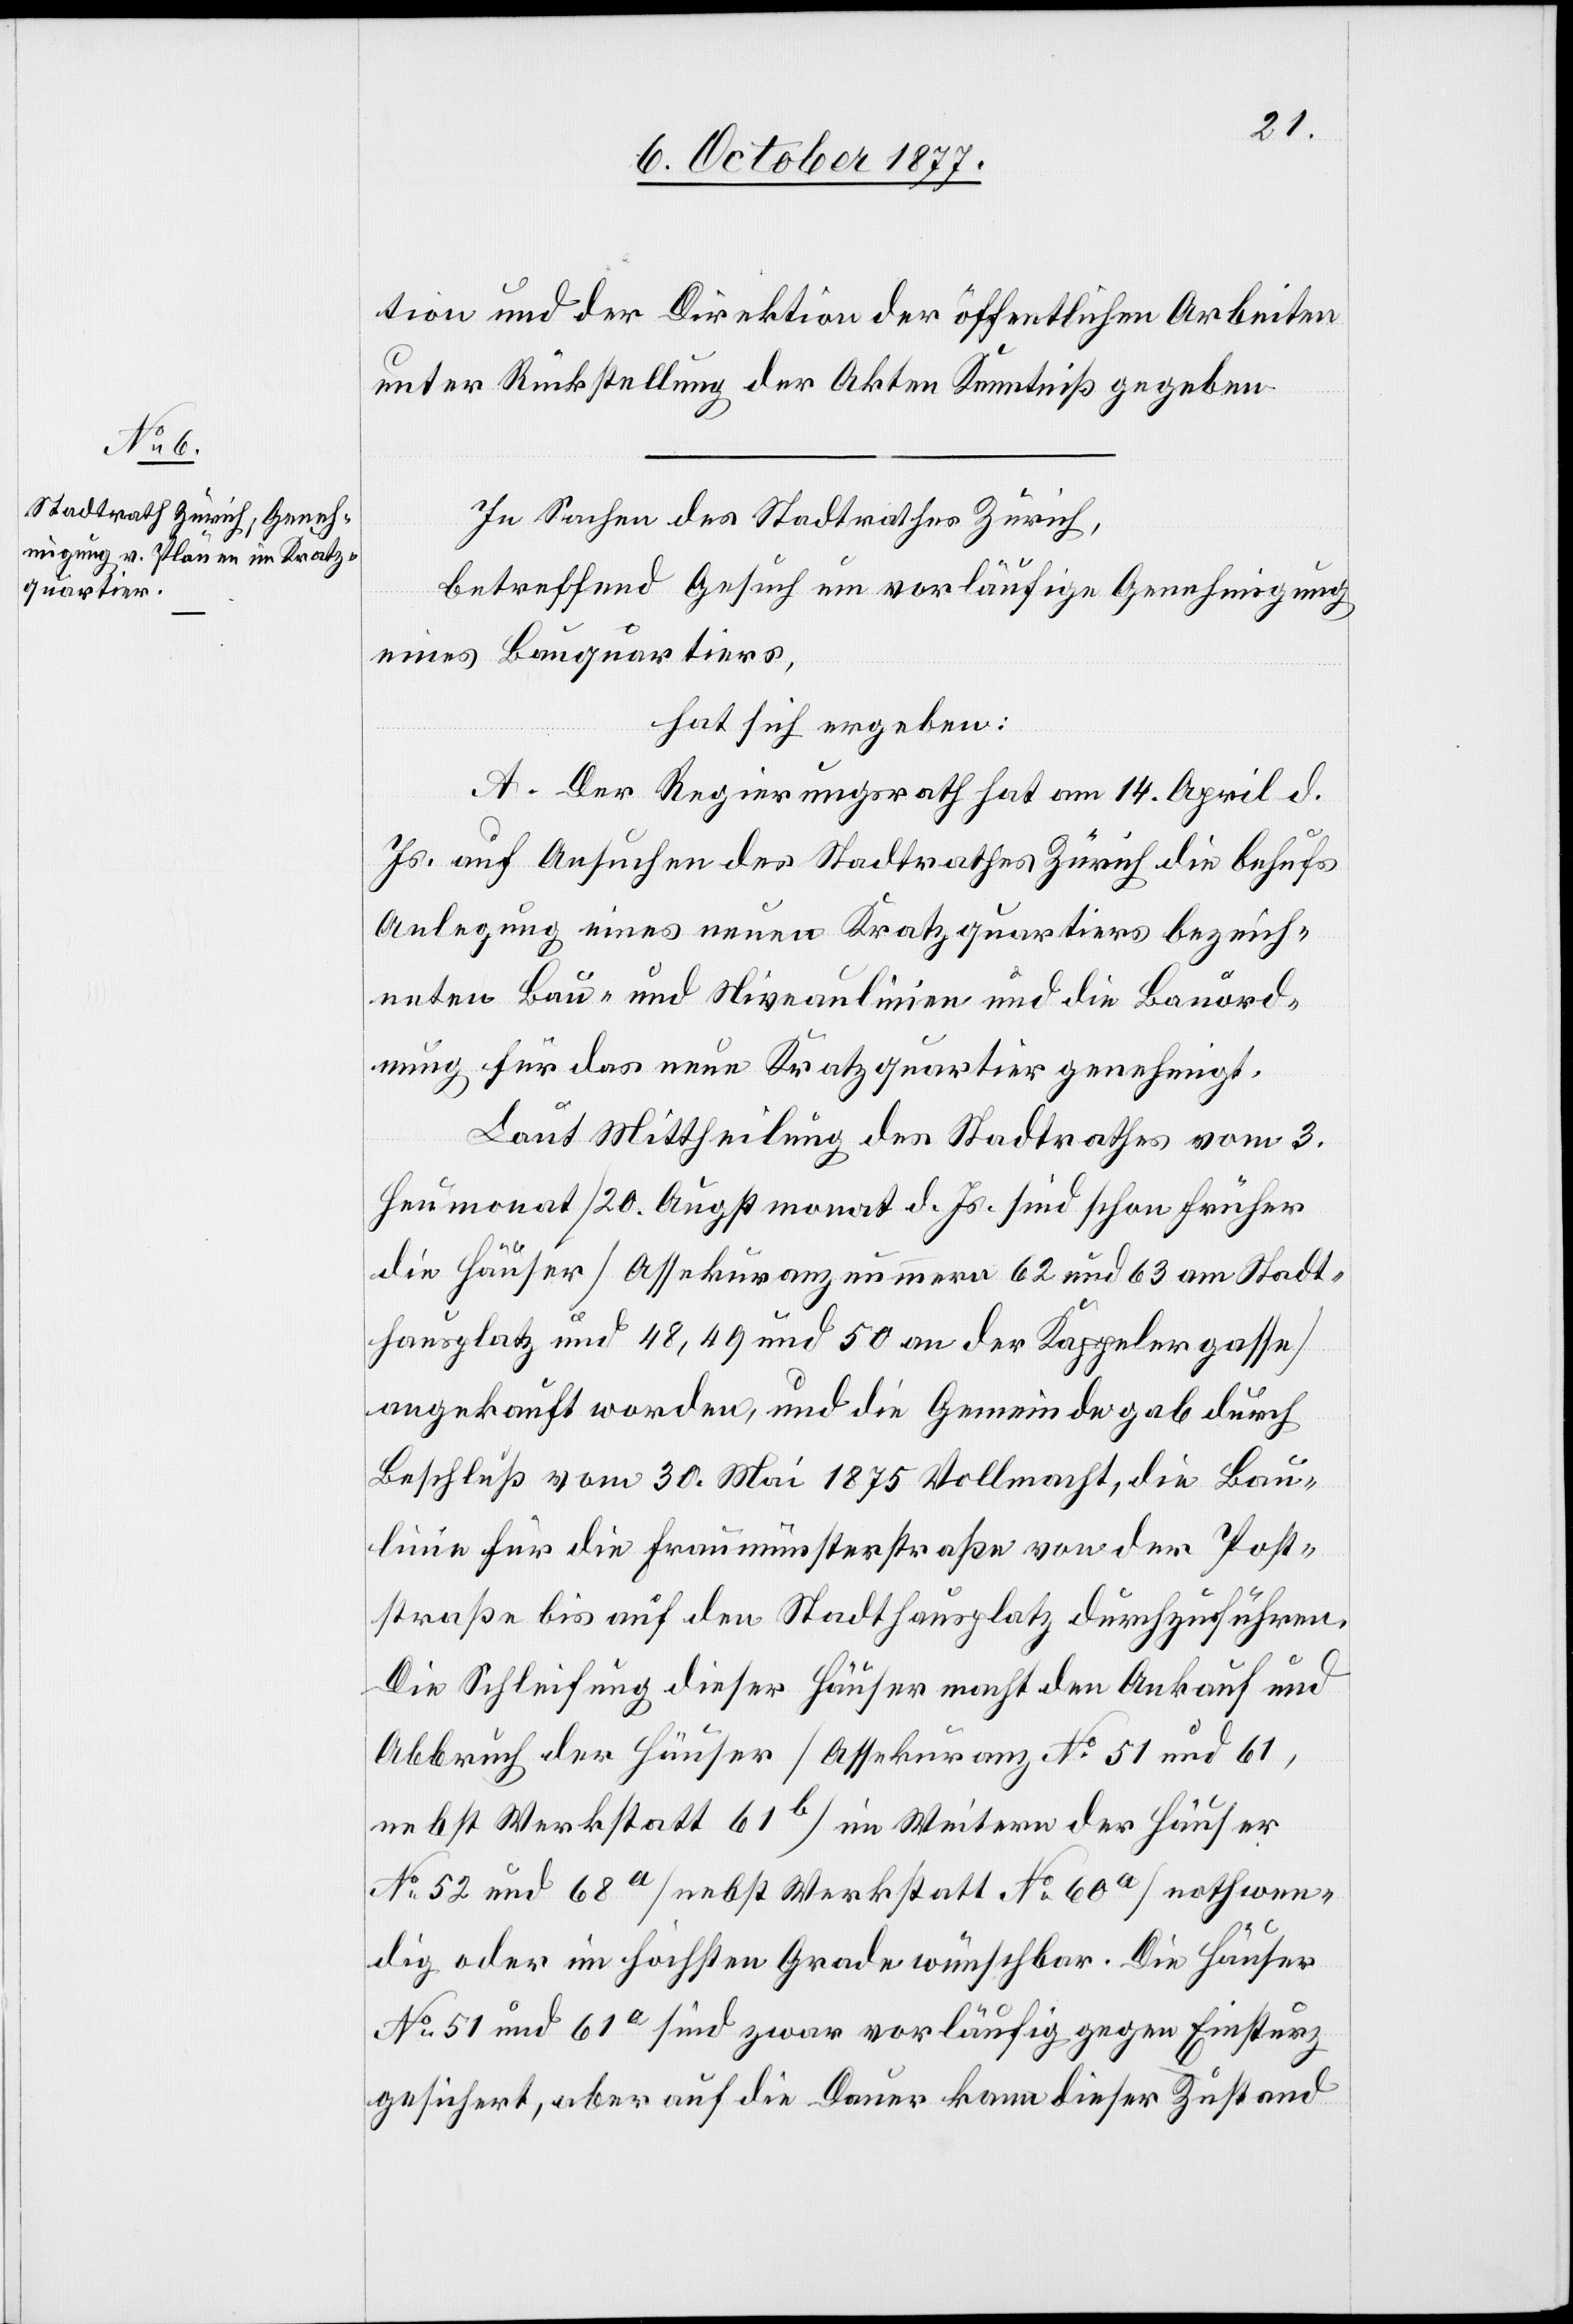
tion und der Direktion der öffentlichen Arbeiten
unter Rückstellung der Akten Kenntniß gegeben.
In Sachen des Stadtrathes Zürich,
betreffend Gesuch um vorläufige Genehmigung
eines Bauquartiers,
hat sich ergeben:
A. Der Regierungsrath hat am 14. April d.
Js. auf Ansuchen des Stadtrathes Zürich die behufs
Anlegung eines neuen Kratzquartiers bezeich¬
neten Bau- und Niveaulinien und die Bauord¬
nung für das neue Kratzquartier genehmigt.
Laut Mittheilung des Stadtrathes vom 3.
Heumonat / 20. Augstmonat d. Js. sind schon früher
die Häuser [Assekuranznummern 62 und 63 am Stadt¬
hausplatz und 48, 49 und 50 an der Kappelergasse]
angekauft worden, und die Gemeinde gab durch
Beschluß vom 30. Mai 1875 Vollmacht, die Bau¬
linie für die Fraumünsterstraße von der Post¬
straße bis auf den Stadthausplatz durchzuführen.
Die Schleifung dieser Häuser macht den Ankauf und
Abbruch der Häuser [Assekuranz No 51 und 61,
nebst Werkstatt 61b] im Weitern der Häuser
No 52 und 68a [nebst Werkstatt No 60a] nothwen¬
dig oder im höchsten Grade wünschbar. Die Häuser
No 51 und 61a sind zwar vorläufig gegen Einsturz
gesichert, aber auf die Dauer kann dieser Zustand